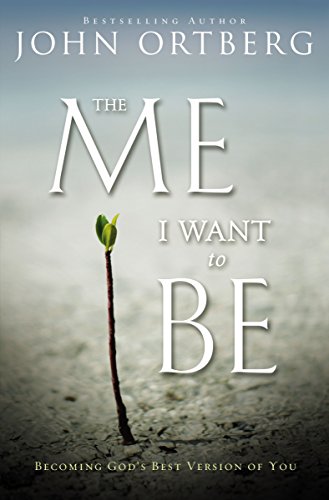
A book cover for The Me I Want to Be: Becoming God's Best Version of You; John Ortberg; Christian Books & Bibles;